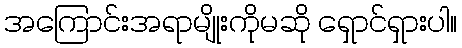
အကြောင်းအရာမျိုးကိုမဆို ရှောင်ရှားပါ။